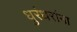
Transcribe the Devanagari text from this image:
धुरंधरांना